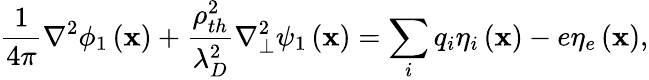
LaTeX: \frac{1}{4\pi}\nabla^{2}\phi_{1}\left(\textbf{x}\right)+\frac{\rho_{th}^{2}}{\lambda_{D}^{2}}\nabla_{\perp}^{2}\psi_{1}\left(\textbf{x}\right)=\sum_{i}q_{i}\eta_{i}\left(\textbf{x}\right)-e\eta_{e}\left(\textbf{x}\right),